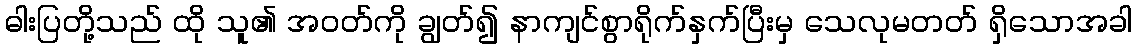
ဓါးပြတို့သည် ထို သူ၏ အဝတ်ကို ချွတ်၍ နာကျင်စွာရိုက်နှက်ပြီးမှ သေလုမတတ် ရှိသောအခါ